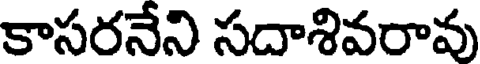
కాసరనేని సదాశివరావు